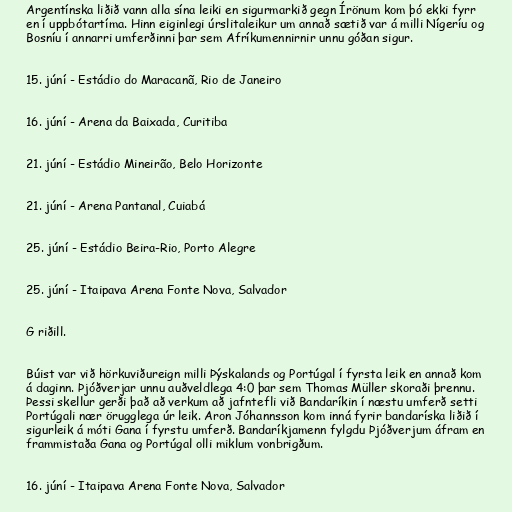
Argentínska liðið vann alla sína leiki en sigurmarkið gegn Írönum kom þó ekki fyrr
en í uppbótartíma. Hinn eiginlegi úrslitaleikur um annað sætið var á milli Nígeríu og
Bosníu í annarri umferðinni þar sem Afríkumennirnir unnu góðan sigur.

15. júní - Estádio do Maracanã, Rio de Janeiro

16. júní - Arena da Baixada, Curitiba

21. júní - Estádio Mineirão, Belo Horizonte

21. júní - Arena Pantanal, Cuiabá

25. júní - Estádio Beira-Rio, Porto Alegre

25. júní - Itaipava Arena Fonte Nova, Salvador

G riðill.

Búist var við hörkuviðureign milli Þýskalands og Portúgal í fyrsta leik en annað kom
á daginn. Þjóðverjar unnu auðveldlega 4:0 þar sem Thomas Müller skoraði þrennu.
Þessi skellur gerði það að verkum að jafntefli við Bandaríkin í næstu umferð setti
Portúgali nær örugglega úr leik. Aron Jóhannsson kom inná fyrir bandaríska liðið í
sigurleik á móti Gana í fyrstu umferð. Bandaríkjamenn fylgdu Þjóðverjum áfram en
frammistaða Gana og Portúgal olli miklum vonbrigðum.

16. júní - Itaipava Arena Fonte Nova, Salvador